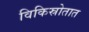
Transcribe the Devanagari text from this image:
विकिस्रोतात